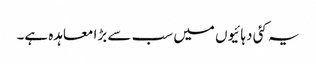
یہ کئی دہائیوں میں سب سے بڑا معاہدہ ہے۔